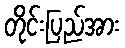
တိုင်းပြည်အား